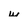
Character: w